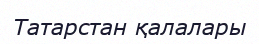
Татарстан қалалары